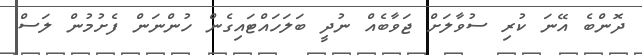
ދޮންބެ އޭނަ ކުރި ސުވާލަށް ޖަވާބެއް ނުދީ ބަލަހައްޓައިގެން ހުންނަން ފެށުމުން ލަސް